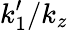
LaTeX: k_{1}^{\prime}/k_{z}